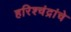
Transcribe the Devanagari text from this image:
हरिश्चंद्रांचे